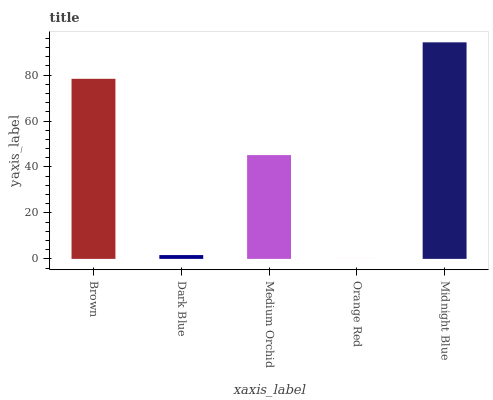
| xaxis_label | bars |
 | --- | --- |
 | Brown | 78.4 |
 | Dark Blue | 1.66 |
 | Medium Orchid | 45.2 |
 | Orange Red | 0.0133 |
 | Midnight Blue | 94.2 |